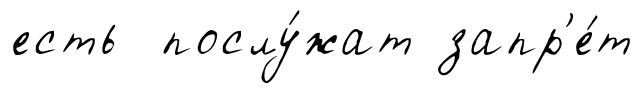
есть послу́жат запр'е́т